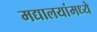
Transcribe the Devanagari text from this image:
मद्यालयांमध्ये